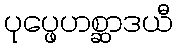
ပုပ္ဖေဟစ္ဆာဒယီ